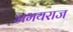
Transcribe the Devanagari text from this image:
अभयराज